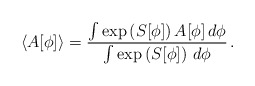
\begin{align*}\langle A[\phi] \rangle = \frac{\int\exp\left(S[\phi]\right)A[\phi]\,d\phi}{\int\exp\left(S[\phi]\right)\,d\phi}\,.\end{align*}